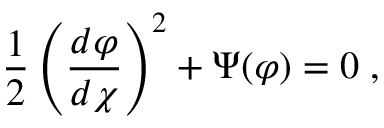
\frac { 1 } { 2 } \left( \frac { d \varphi } { d \chi } \right) ^ { 2 } + \Psi ( \varphi ) = 0 \; ,